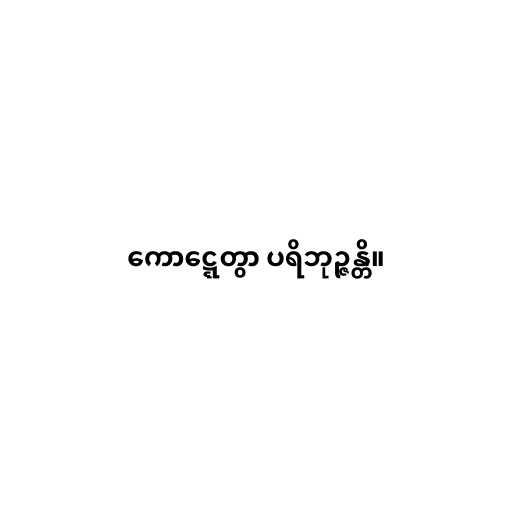
ကောဋ္ဋေတွာ ပရိဘုဉ္ဇန္တိ။